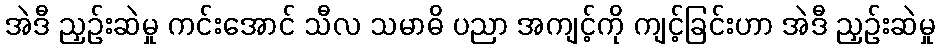
အဲဒီ ညှဉ်းဆဲမှု ကင်းအောင် သီလ သမာဓိ ပညာ အကျင့်ကို ကျင့်ခြင်းဟာ အဲဒီ ညှဉ်းဆဲမှု